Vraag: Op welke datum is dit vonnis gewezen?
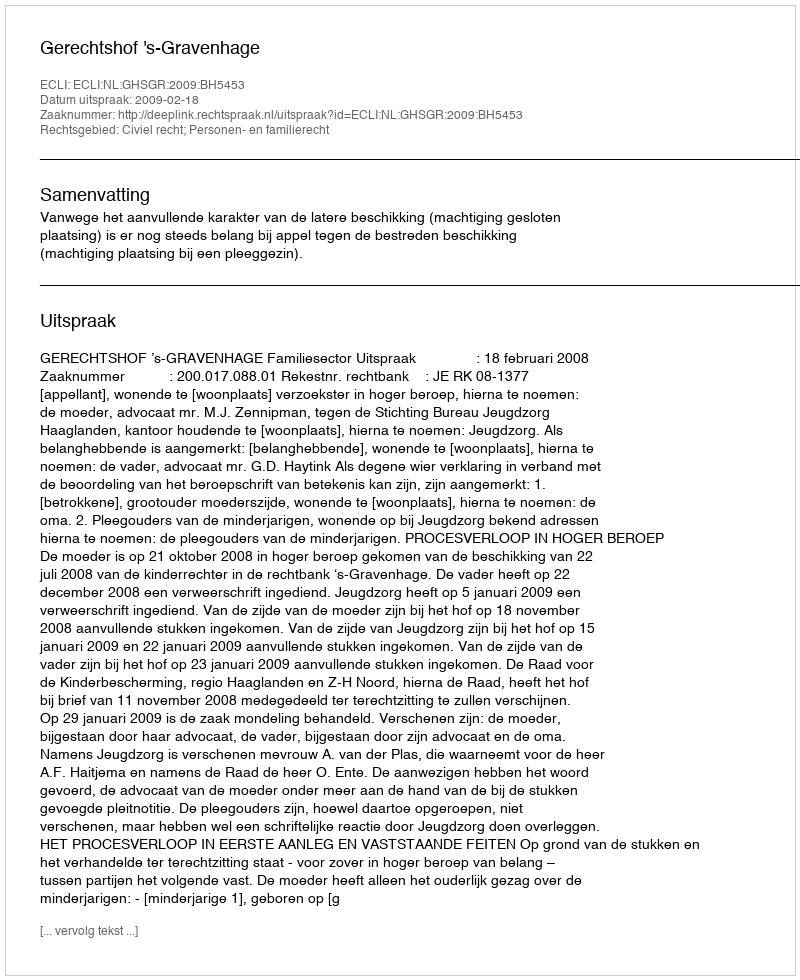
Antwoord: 2009-02-18